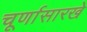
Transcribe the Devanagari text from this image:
चूर्णासारखे